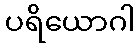
ပရိယောဂါ